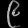
Digit: ၉